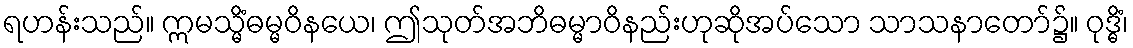
ရဟန်းသည်။ ဣမသ္မိံဓမ္မဝိနယေ၊ ဤသုတ်အဘိဓမ္မာဝိနည်းဟုဆိုအပ်သော သာသနာတော်၌။ ဝုဒ္ဓိံ၊